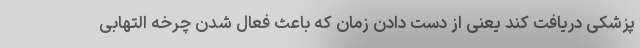
پزشکی دریافت کند یعنی از دست دادن زمان که باعث فعال شدن چرخه التهابی